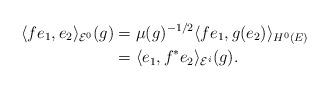
LaTeX: \begin{align*}\langle fe_1,e_2\rangle_{\mathcal{E}^0} (g)&=\mu(g)^{-1/2}\langle fe_1,g(e_2)\rangle_{H^0(E)}\\&=\langle e_1,f^*e_2\rangle_{\mathcal{E}^i}(g).\end{align*}